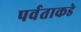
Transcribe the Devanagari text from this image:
पर्वताकडे